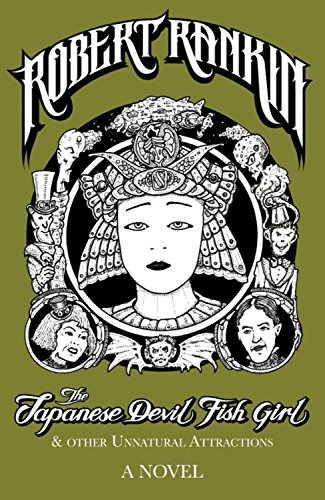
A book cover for The Japanese Devil Fish Girl and Other Unnatural Attractions; Robert Rankin; Science Fiction & Fantasy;